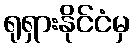
ရုရှားနိုင်ငံမှ